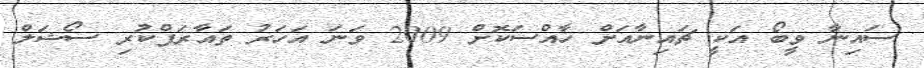
ސައިނާ ވީބޯ އަކީ ޗައިނާއަށް ހާއްސަކޮށް 2009 ވަނަ އަހަރު ތައާރަފްކުރި ސޯޝަލް